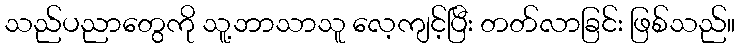
သည်ပညာတွေကို သူ့ဘာသာသူ လေ့ကျင့်ပြီး တတ်လာခြင်း ဖြစ်သည်။